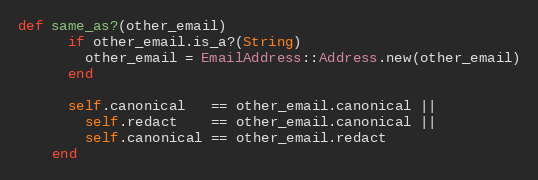
Language: Ruby
def same_as?(other_email)
      if other_email.is_a?(String)
        other_email = EmailAddress::Address.new(other_email)
      end

      self.canonical   == other_email.canonical ||
        self.redact    == other_email.canonical ||
        self.canonical == other_email.redact
    end